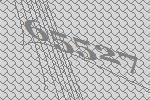
65527